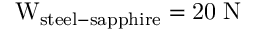
\mathrm { W _ { s t e e l - s a p p h i r e } = 2 0 \; N }